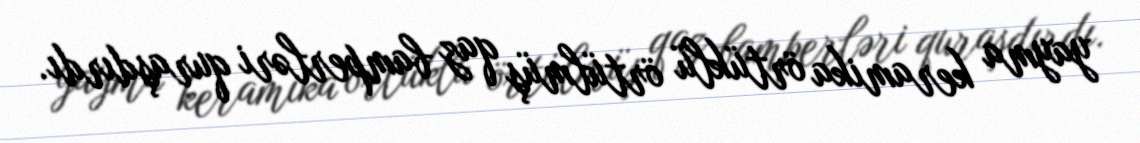
yayma keramika örtüklü örtülmüş qaz bamperləri quraşdırdı.